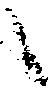
候